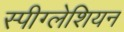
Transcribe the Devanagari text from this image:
स्पीग्लेशियन